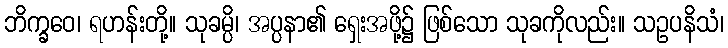
ဘိက္ခဝေ၊ ရဟန်းတို့။ သုခမ္ပိ၊ အပ္ပနာ၏ ရှေးအဖို့၌ ဖြစ်သော သုခကိုလည်း။ သဥပနိသံ၊